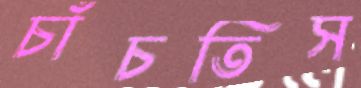
চাঁচতিস